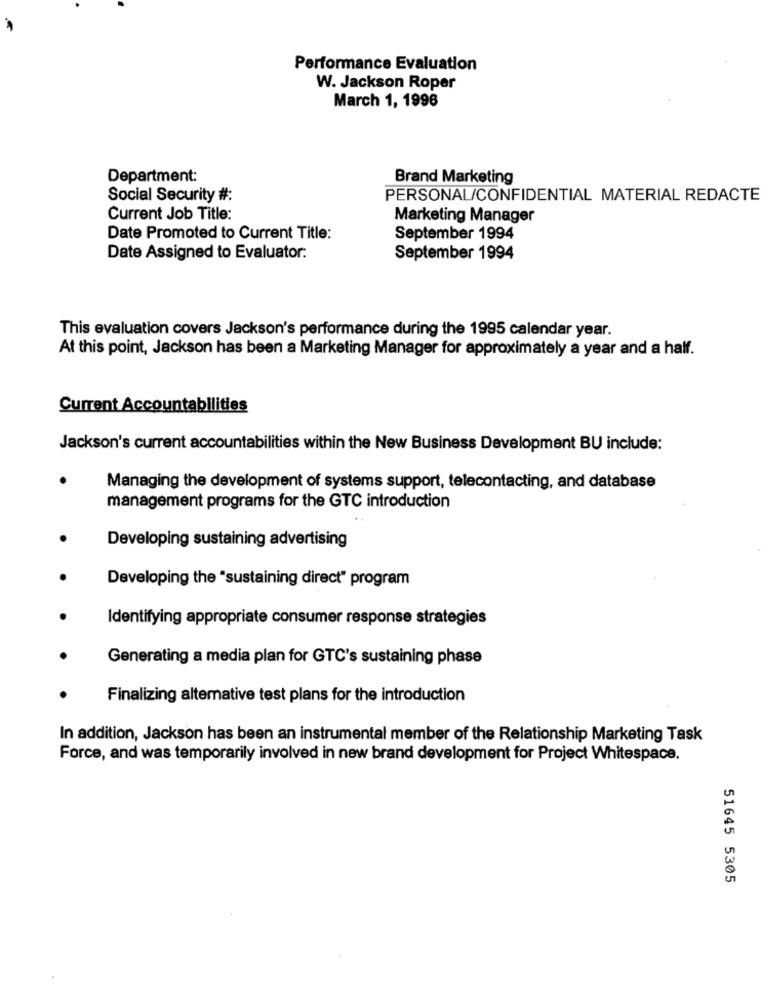
Performance Evaluation
W. Jackson Roper
March 1, 1996
Department:
Brand Marketing
Social Security #:
PERSONAL/CONFIDENTIAL MATERIAL REDACTE
Current Job Title:
Marketing Manager
Date Promoted to Current Title:
September 1994
Date Assigned to Evaluator:
September 1994
This evaluation covers Jackson's performance during the 1995 calendar year.
At this point, Jackson has been a Marketing Manager for approximately a year and a half.
Current Accountabilities
Jackson's current accountabilities within the New Business Development BU include:
Managing the development of systems support, telecontacting, and database
management programs for the GTC introduction
Developing sustaining advertising
Developing the "sustaining direct" program
Identifying appropriate consumer response strategies
Generating a media plan for GTC's sustaining phase
Finalizing altemative test plans for the introduction
In addition, Jackson has been an instrumental member of the Relationship Marketing Task
Force, and was temporarily involved in new brand development for Project Whitespace.
51645 5305